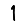
Digit: 1